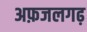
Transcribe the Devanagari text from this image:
अफ़जलगढ़